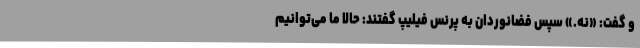
و گفت: «نه.» سپس فضانوردان به پرنس فیلیپ گفتند: حالا ما می‌توانیم